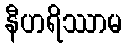
နီဟရိဿာမ